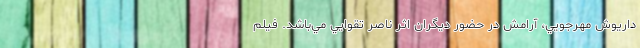
داريوش مهرجويي، آرامش در حضور ديگران اثر ناصر تقوايي مي‌باشد. فيلم